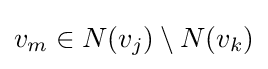
v_{m}\in N(v_{j})\setminus N(v_{k})